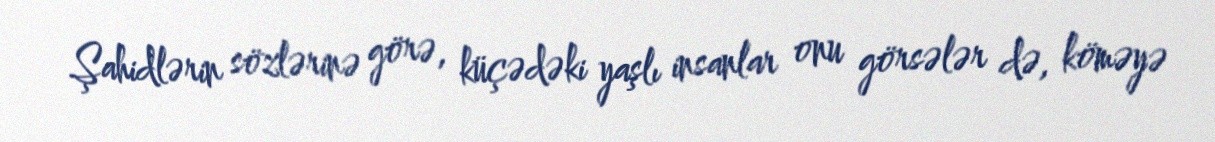
Şahidlərin sözlərinə görə, küçədəki yaşlı insanlar onu görsələr də, köməyə